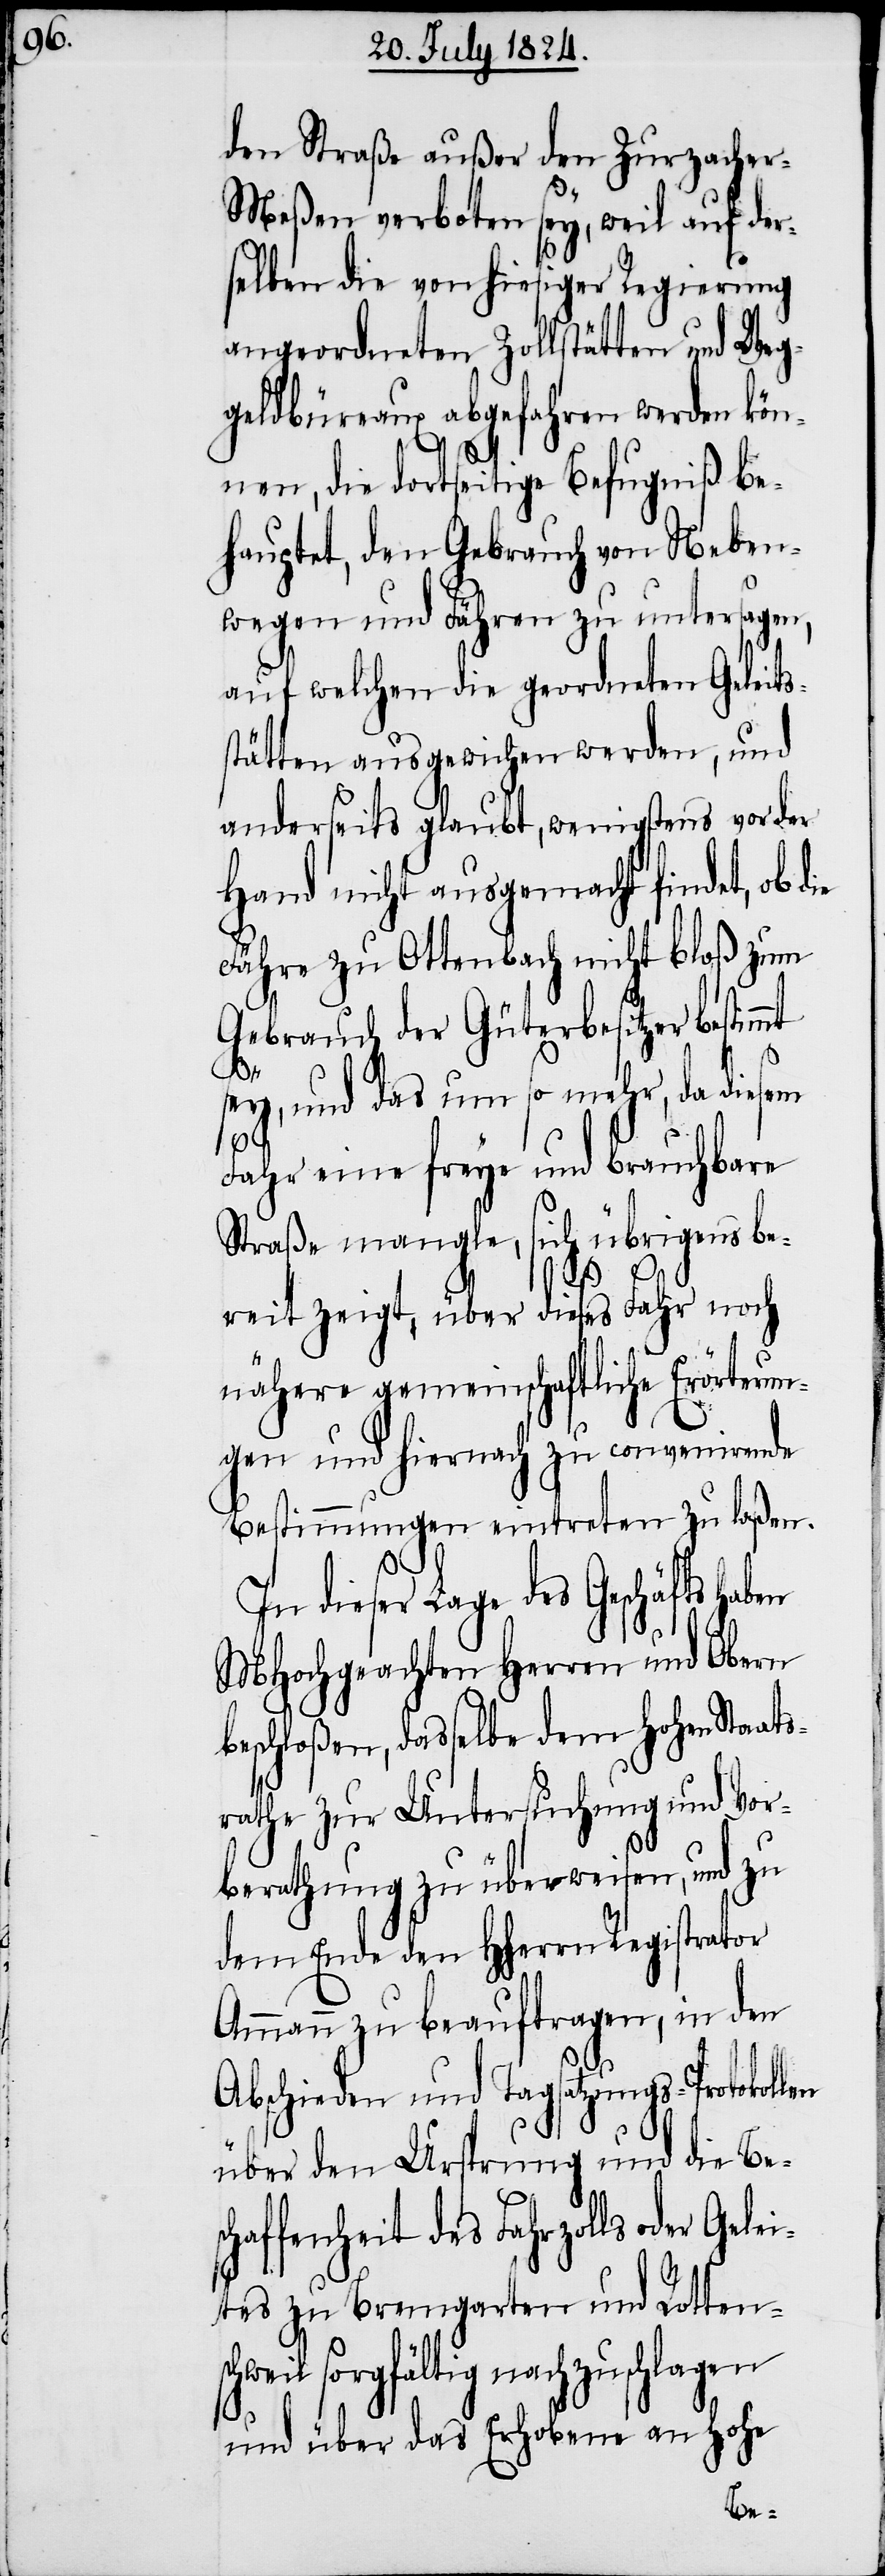
den Straße außer den Zurzache¬
r-Meßen verboten sey, weil auf der¬
selben die von hiesiger Regierung
angeordneten Zollstätten und Weg¬
geldbüreaux abgefahren werden kön¬
nen, die dortseitige Befugniß be¬
hauptet, den Gebrauch von Neben¬
wegen und Fähren zu untersagen,
auf welchen die geordneten Geleit¬
stätten ausgewichen werden, und
anderseits glaubt, wenigstens vor der
Hand nicht ausgemacht findet, ob d¬
Fähre zu Ottenbach nicht bloß zum
Gebrauch der Güterbesitzer bestimmt
sch¬
sey, und das um so mehr, da diesem
Fahr eine freye und brauchbare
Straße mangle, sich übrigens be¬
reit zeigt, über dieses Fahr noch
nähere gemeinschaftliche Erörterun¬
gen und hiernach zu convenirende
Bestimmungen eintreten zu laßen.
In dieser Lage des Geschäfts haben
MHochgeachten Herren und Obern
beschloßen, dasselbe dem Hohen Staat¬
srathe zur Untersuchung und Vor¬
berathung zu überweisen, und zu
dem Ende den HHerrn Registrator
Ammann zu beauftragen, in den
Abschieden und Tagsatzungs-Protokollen
über den Ursprung und die Besc¬
haffenheit des Fahrzolls oder Gele¬
ites zu Bremgarten und Rotten¬
weil sorgfältig nachzuschlagen
und über das Erhobene an Hohe